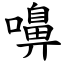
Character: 嚊